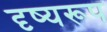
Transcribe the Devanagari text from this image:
दृष्यरूप